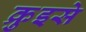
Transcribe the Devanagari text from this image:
क्रुइसे